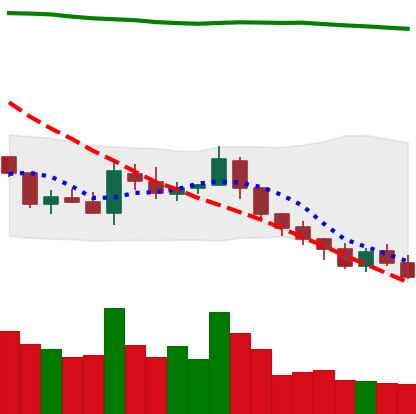
Ticker: TRX-USD
Chart end date: 2018-08-07
Forward return: -18.966%
Label: down_7plus